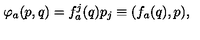
\varphi _ { a } ( p , q ) = f _ { a } ^ { j } ( q ) p _ { j } \equiv ( f _ { a } ( q ) , p ) ,